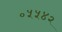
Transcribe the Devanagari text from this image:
०५५४२